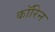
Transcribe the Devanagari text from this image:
कॉरिन